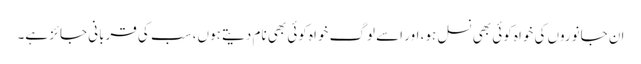
ان جانوروں کی خواہ کوئی بھی نسل ہو، اور اسے لوگ خواہ کوئی بھی نام دیتے ہوں، سب کی قربانی جائز ہے۔